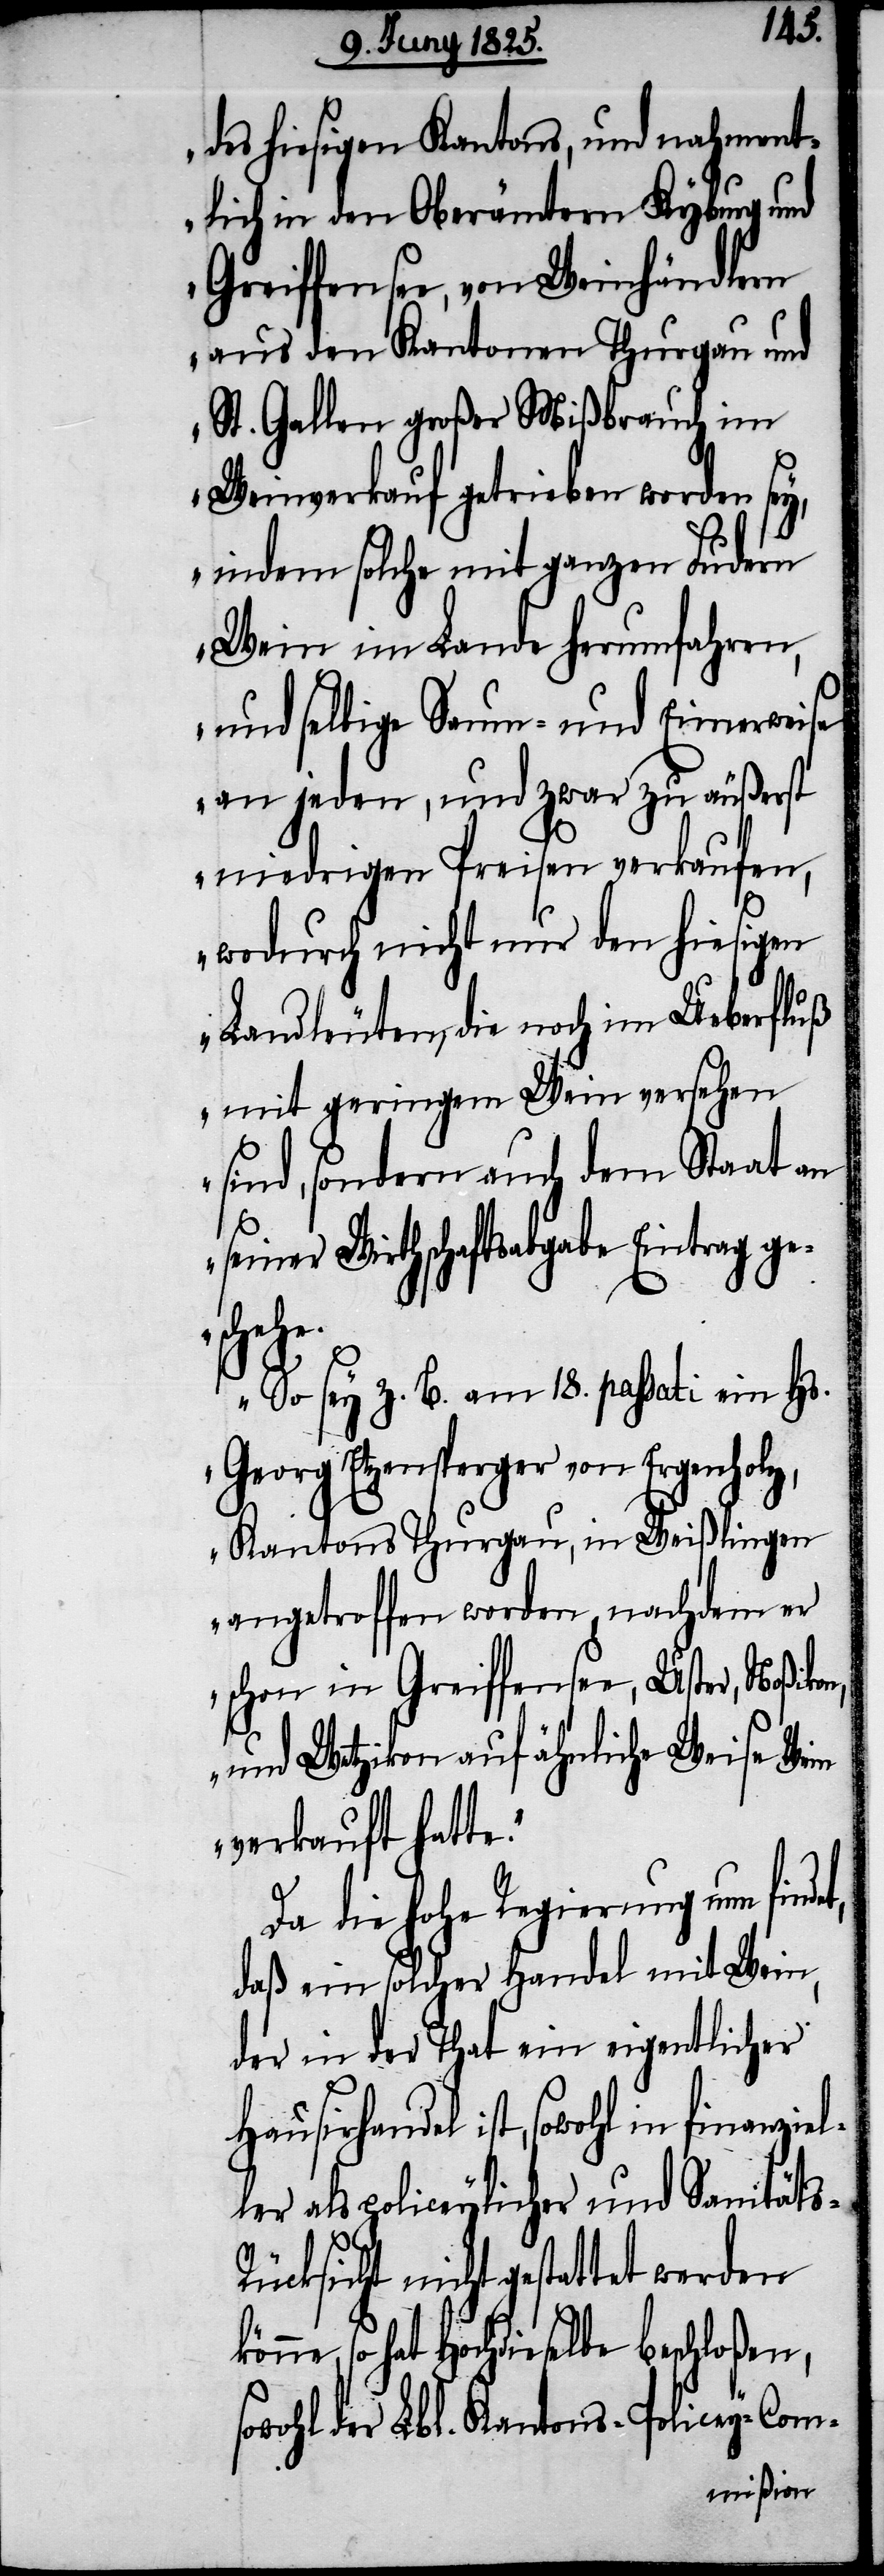
des hiesigen Kantons, und nahment¬
lich in den Oberämtern Kyburg und
Greiffensee, von Weinhändlern
aus den Kantonen Thurgau und
St. Gallen großer Mißbrauch im
Weinverkauf getrieben worden sey,
indem solche mit ganzen Fudern
Wein im Lande herumfahren,
und selbige Saum- und Eimerweise
an jeden, und zwar zu äußerst
niedrigen Preisen verkaufen,
wodurch nicht nur den hiesigen
Landleuten, die noch im Ueberfluß
mit geringem Wein versehen
sind, sondern auch dem Staat
einer Wirthschaftsabgabe Eintrag ge¬
che
So sey z. B. am 18. passati ein Hs.
Georg Ehrensperger von Ergenho¬
lz, Kantons Thurgau, in Weißlingen
angetroffen worden, nachdem er
schon in Greiffensee, Uster,
und Wetzikon auf ähnli¬
s¬
verkauft hatte.“
Da die hohe Regierung nun find¬
daß ein solcher Handel mit Wein,
der in der That ein eigentlicher
Hausirhandel ist, sowohl in finanziel¬
ler als policeylicher und Sanitäts-R¬
et,
ücksicht nicht gestattet werden
könne, so hat Hochdieselbe beschloßen,
sowohl der Lbl. Kantons-Policey-Com-